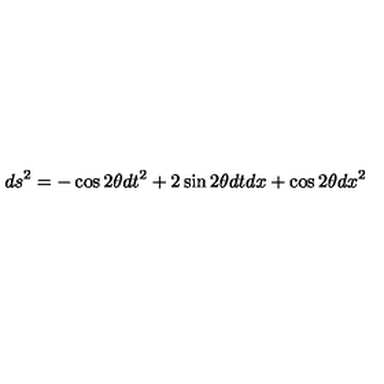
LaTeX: d s ^ { 2 } = - \cos 2 \theta d t ^ { 2 } + 2 \sin 2 \theta d t d x + \cos 2 \theta d x ^ { 2 }